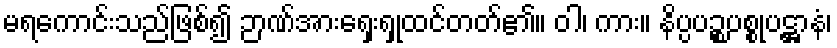
မရကောင်းသည်ဖြစ်၍ ဉာဏ်အားရှေးရှုထင်တတ်၏။ ဝါ၊ ကား။ နိပ္ပပဉ္စပစ္စုပဋ္ဌာနံ၊